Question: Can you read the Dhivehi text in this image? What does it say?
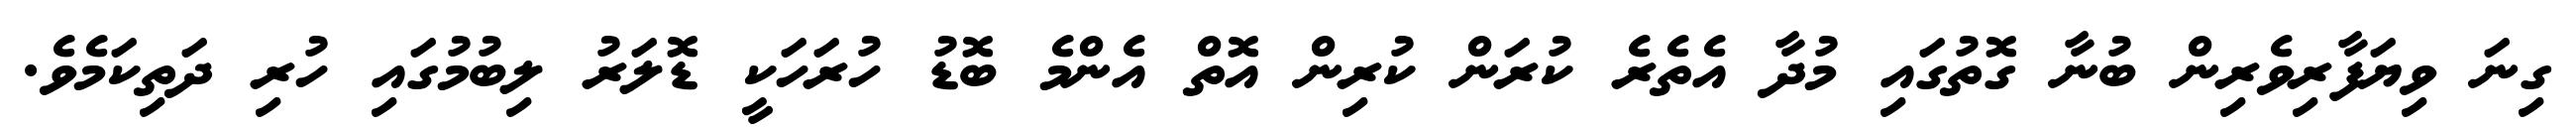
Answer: ގިނަ ވިޔަފާރިވެރިން ބުނާ ގޮތުގައި މުދާ އެތެރެ ކުރަން ކުރިން އޮތް އެންމެ ބޮޑު ހުރަހަކީ ޑޮލަރު ލިބުމުގައި ހުރި ދަތިކަމެވެ.